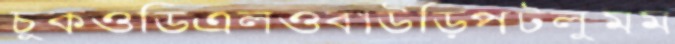
চুকওডিএলওবাউড়িপটলুমম